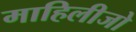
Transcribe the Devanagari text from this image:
माहिलीजो